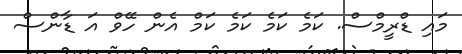
މައި ޑްރީމްސް. ކަމެ ކަމެ ކަމެ ކަމް އެން ހޭވް އަ ޑާންސް